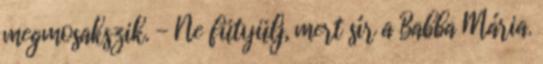
megmosakszik. - Ne fütyülj, mert sír a Babba Mária.